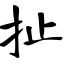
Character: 扯